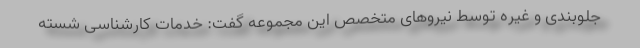
جلوبندی و غیره توسط نیروهای متخصص این مجموعه گفت: خدمات کارشناسی شسته